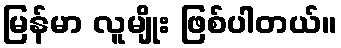
မြန်မာ လူမျိုး ဖြစ်ပါတယ်။